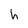
Character: h